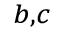
{ } ^ { b , c }